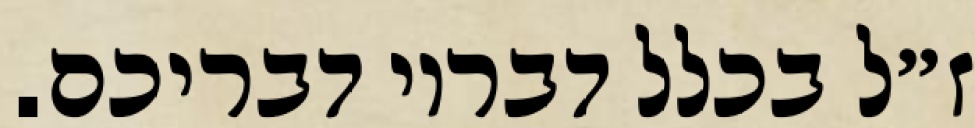
ז״ל בכלל דבריו דבריכם.